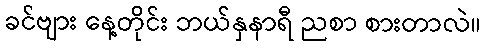
ခင်ဗျား နေ့တိုင်း ဘယ်နှနာရီ ညစာ စားတာလဲ။